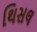
થિસલ